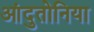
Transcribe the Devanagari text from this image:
आंदुतोनिया